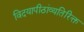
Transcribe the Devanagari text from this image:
विदयापीठांव्यतिरिक्त